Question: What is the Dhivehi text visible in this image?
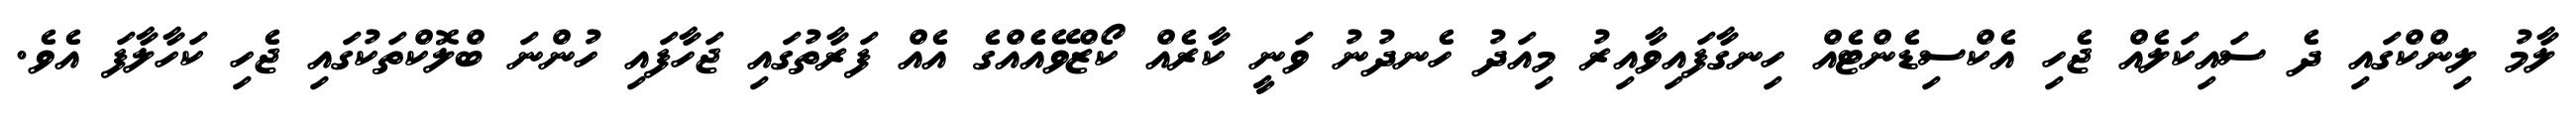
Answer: ލާމު ލިންކްގައި ދެ ސައިކަލެއް ޖެހި އެކްސިޑެންޓެއް ހިނގާފައިވާއިރު މިއަދު ހެނދުނު ވަނީ ކާރެއް ކޯޒްވޭއެެއްގެ އެއް ފަރާތުގައި ޖަހާފައި ހުންނަ ބްލޮކްތަކުގައި ޖެހި ކަހާލާފަ އެވެ.